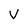
Character: V